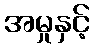
အမှုနှင့်